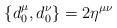
\begin{align*}\{d_{0}^{\mu},d_{0}^{\nu}\}=2\eta^{\mu\nu}\end{align*}